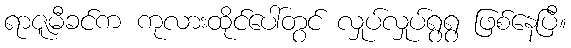
ရာဇူမီခင်က ကုလားထိုင်ပေါ်တွင် လှုပ်လှုပ်ရွရွ ဖြစ်နေပြီ။